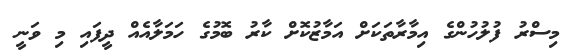
މިސްރު ފުލުހުންގެ އިމާާރާތަކަށް އަމާޒުކޮށް ކާރު ބޮމުގެ ހަމަލާއެއް ދީފައި މި ވަނީ